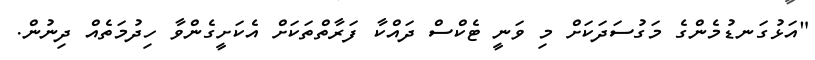
"އަޅުގަނޑުމެންގެ މަގުސަދަކަށް މި ވަނީ ޓެކްސް ދައްކާ ފަރާތްތަކަށް އެކަށީގެންވާ ހިދުމަތެއް ދިނުން.